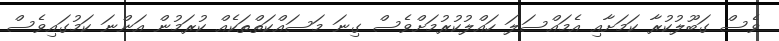
ވެސް ގަބޫލުކުރާ ކަމަށާއި އެމައްސަލަ ހައްލުކުރުމަށްވެސް ގިނަ މަސައްކަތްތަކެއް ކުރަމުން އަންނަ ކަމުގައިވެސް